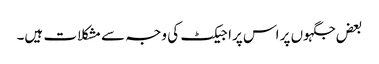
بعض جگہوں پر اس پراجیکٹ کی وجہ سے مشکلات ہیں۔